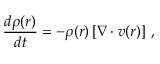
\frac { d \rho ( \boldsymbol { r } ) } { d t } = - \rho ( \boldsymbol { r } ) \left[ \nabla \cdot \boldsymbol { v } ( \boldsymbol { r } ) \right] \, ,